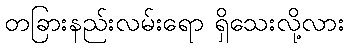
တခြားနည်းလမ်းရော ရှိသေးလို့လား